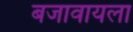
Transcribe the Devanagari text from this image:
बजावायला